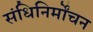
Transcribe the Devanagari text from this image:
संधिनिर्मोंचन